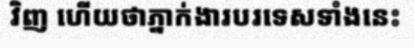
វិញ ហើយថាភ្នាក់ងារបរទេសទាំងនេះ